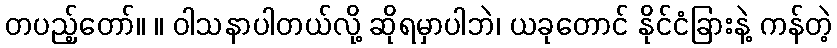
တပည့်တော်။ ။ ဝါသနာပါတယ်လို့ ဆိုရမှာပါဘဲ၊ ယခုတောင် နိုင်ငံခြားနဲ့ ကန်တဲ့